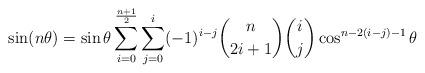
LaTeX: \begin{align*}\sin (n\theta)=\sin \theta \sum \limits_{i=0}^{\frac{n+1}{2}}\sum \limits_{j=0}^{i}(-1)^{i-j}\binom{n}{2i+1}\binom{i}{j}\cos^{n-2(i-j)-1}\theta\end{align*}